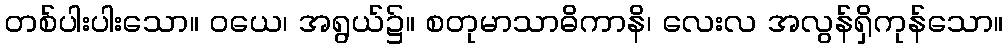
တစ်ပါးပါးသော။ ဝယေ၊ အရွယ်၌။ စတုမာသာဓိကာနိ၊ လေးလ အလွန်ရှိကုန်သော။